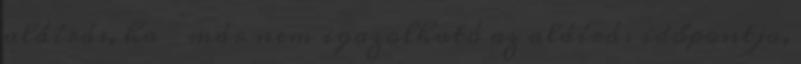
aláírás, ha  már nem igazolható az aláírás időpontja,